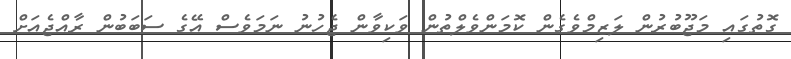
ގޮތުގައި މަޖޫބުރުން ލަޒިމްވެގެން ކޮމަންވެލްތުން ވަކިވާން ޖެހުނު ނަމަވެސް އޭގެ ސަބަބުން ރާއްޖެއަށް